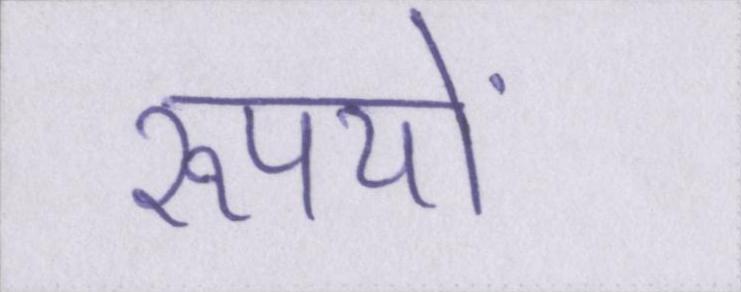
रूपयों